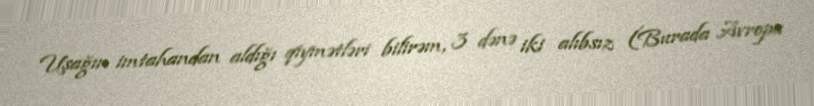
Uşağın imtahandan aldığı qiymətləri bilirəm, 3 dənə iki alıbsız (Burada Avropa